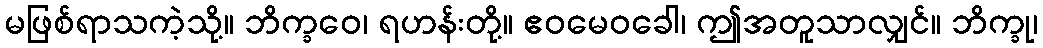
မဖြစ်ရာသကဲ့သို့။ ဘိက္ခဝေ၊ ရဟန်းတို့။ ဧဝမေဝခေါ၊ ဤအတူသာလျှင်။ ဘိက္ခု၊